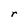
Character: r